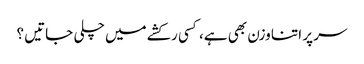
سر پر اتنا وزن بھی ہے، کسی رکشے میں چلی جاتیں ؟